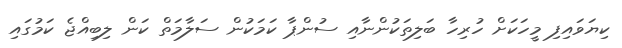
ކިޔަވައިފި މީހަކަށް ހުރިހާ ބަލިތަކުންނާއި ސުންޕާ ކަމަކުން ސަލާމަތް ކަން ލިބިއްޖެ ކަމުގައި